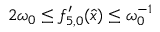
2 \omega _ { 0 } \leq { f } _ { 5 , 0 } ^ { \prime } ( \hat { x } ) \leq \omega _ { 0 } ^ { - 1 }